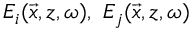
E _ { i } ( \vec { x } , z , \omega ) , ~ E _ { j } ( \vec { x } , z , \omega )